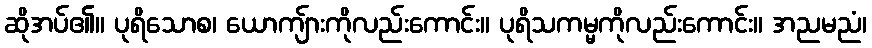
ဆိုအပ်၏။ ပုရိသောစ၊ ယောကျ်ားကိုလည်းကောင်း။ ပုရိသကမ္မကိုလည်းကောင်း။ အညမညံ၊